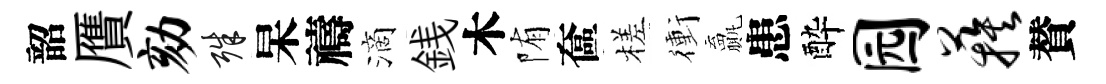
韶贋劾殊杲禱滴銭木陏奩槎衝贏患酔园蔟賛